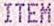
ITEM